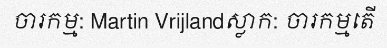
ចារកម្ម: Martin Vrijlandស្លាក: ចារកម្មតើ